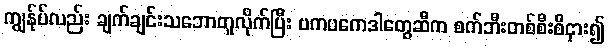
ကျွန်ုပ်လည်း ချက်ချင်းသဘောတူလိုက်ပြီး ဗကပကေဒါတွေဆီက စက်ဘီးတစ်စီးစီငှား၍